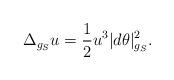
LaTeX: \begin{align*}\Delta_{g_S} u=\frac{1}{2}u^3|d\theta|_{g_S}^2.\end{align*}